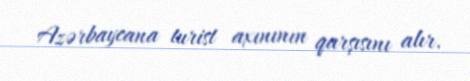
Azərbaycana turist axınının qarşısını alır.